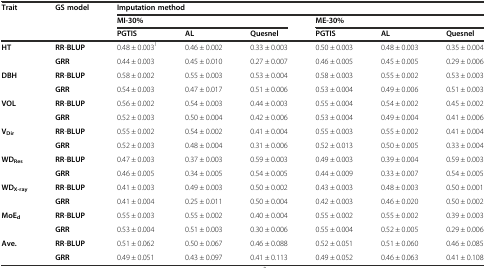
<table><thead><tr><td rowspan="3"><b>Trait</b></td><td rowspan="3"><b>GS model</b></td><td colspan="6"><b>Imputation method</b></td></tr><tr><td colspan="3"><b>MI-30%</b></td><td colspan="3"><b>ME-30%</b></td></tr><tr><td><b>PGTIS</b></td><td><b>AL</b></td><td><b>Quesnel</b></td><td><b>PGTIS</b></td><td><b>AL</b></td><td><b>Quesnel</b></td></tr></thead><tbody><tr><td rowspan="2"><b>HT</b></td><td><b>RR</b>-<b>BLUP</b></td><td>0.48 ± 0.003<sup>1</sup></td><td>0.46 ± 0.002</td><td>0.33 ± 0.003</td><td>0.50 ± 0.003</td><td>0.48 ± 0.003</td><td>0.35 ± 0.004</td></tr><tr><td><b>GRR</b></td><td>0.44 ± 0.003</td><td>0.45 ± 0.010</td><td>0.27 ± 0.007</td><td>0.46 ± 0.005</td><td>0.45 ± 0.005</td><td>0.29 ± 0.006</td></tr><tr><td rowspan="2"><b>DBH</b></td><td><b>RR</b>-<b>BLUP</b></td><td>0.58 ± 0.002</td><td>0.55 ± 0.003</td><td>0.53 ± 0.004</td><td>0.58 ± 0.003</td><td>0.55 ± 0.002</td><td>0.53 ± 0.003</td></tr><tr><td><b>GRR</b></td><td>0.54 ± 0.003</td><td>0.47 ± 0.017</td><td>0.51 ± 0.006</td><td>0.53 ± 0.004</td><td>0.49 ± 0.006</td><td>0.51 ± 0.003</td></tr><tr><td rowspan="2"><b>VOL</b></td><td><b>RR</b>-<b>BLUP</b></td><td>0.56 ± 0.002</td><td>0.54 ± 0.003</td><td>0.44 ± 0.003</td><td>0.55 ± 0.004</td><td>0.54 ± 0.002</td><td>0.45 ± 0.002</td></tr><tr><td><b>GRR</b></td><td>0.52 ± 0.003</td><td>0.50 ± 0.004</td><td>0.42 ± 0.006</td><td>0.53 ± 0.004</td><td>0.49 ± 0.004</td><td>0.41 ± 0.006</td></tr><tr><td rowspan="2"><b>V</b><sub><b>Dir</b></sub></td><td><b>RR</b>-<b>BLUP</b></td><td>0.55 ± 0.002</td><td>0.54 ± 0.002</td><td>0.41 ± 0.004</td><td>0.55 ± 0.003</td><td>0.55 ± 0.002</td><td>0.41 ± 0.004</td></tr><tr><td><b>GRR</b></td><td>0.52 ± 0.003</td><td>0.48 ± 0.004</td><td>0.31 ± 0.006</td><td>0.52 ± 0.013</td><td>0.50 ± 0.005</td><td>0.33 ± 0.004</td></tr><tr><td rowspan="2"><b>WD</b><sub><b>Res</b></sub></td><td><b>RR</b>-<b>BLUP</b></td><td>0.47 ± 0.003</td><td>0.37 ± 0.003</td><td>0.59 ± 0.003</td><td>0.49 ± 0.003</td><td>0.39 ± 0.004</td><td>0.59 ± 0.003</td></tr><tr><td><b>GRR</b></td><td>0.46 ± 0.005</td><td>0.34 ± 0.005</td><td>0.54 ± 0.005</td><td>0.44 ± 0.009</td><td>0.33 ± 0.007</td><td>0.54 ± 0.005</td></tr><tr><td rowspan="2"><b>WD</b><sub><b>X-ray</b></sub></td><td><b>RR</b>-<b>BLUP</b></td><td>0.41 ± 0.003</td><td>0.49 ± 0.003</td><td>0.50 ± 0.002</td><td>0.43 ± 0.003</td><td>0.48 ± 0.003</td><td>0.50 ± 0.001</td></tr><tr><td><b>GRR</b></td><td>0.41 ± 0.004</td><td>0.25 ± 0.011</td><td>0.50 ± 0.004</td><td>0.42 ± 0.003</td><td>0.46 ± 0.020</td><td>0.50 ± 0.002</td></tr><tr><td rowspan="2"><b>MoE</b><sub><b>d</b></sub></td><td><b>RR</b>-<b>BLUP</b></td><td>0.55 ± 0.003</td><td>0.55 ± 0.002</td><td>0.40 ± 0.004</td><td>0.55 ± 0.002</td><td>0.55 ± 0.002</td><td>0.39 ± 0.003</td></tr><tr><td><b>GRR</b></td><td>0.53 ± 0.004</td><td>0.51 ± 0.003</td><td>0.30 ± 0.006</td><td>0.55 ± 0.004</td><td>0.52 ± 0.005</td><td>0.29 ± 0.006</td></tr><tr><td rowspan="2"><b>Ave.</b></td><td><b>RR</b>-<b>BLUP</b></td><td>0.51 ± 0.062</td><td>0.50 ± 0.067</td><td>0.46 ± 0.088</td><td>0.52 ± 0.051</td><td>0.51 ± 0.060</td><td>0.46 ± 0.085</td></tr><tr><td><b>GRR</b></td><td>0.49 ± 0.051</td><td>0.43 ± 0.097</td><td>0.41 ± 0.113</td><td>0.49 ± 0.052</td><td>0.46 ± 0.063</td><td>0.41 ± 0.108</td></tr></tbody></table>